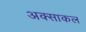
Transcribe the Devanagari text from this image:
अक्साकल